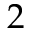
2